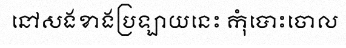
នៅសងខាងប្រឡាយនេះ កុំបោះចោល